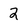
Character: 2